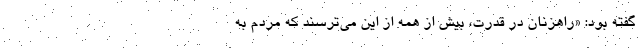
گفته بود: «راهزنان در قدرت، بیش از همه از این می‌ترسند که مردم به